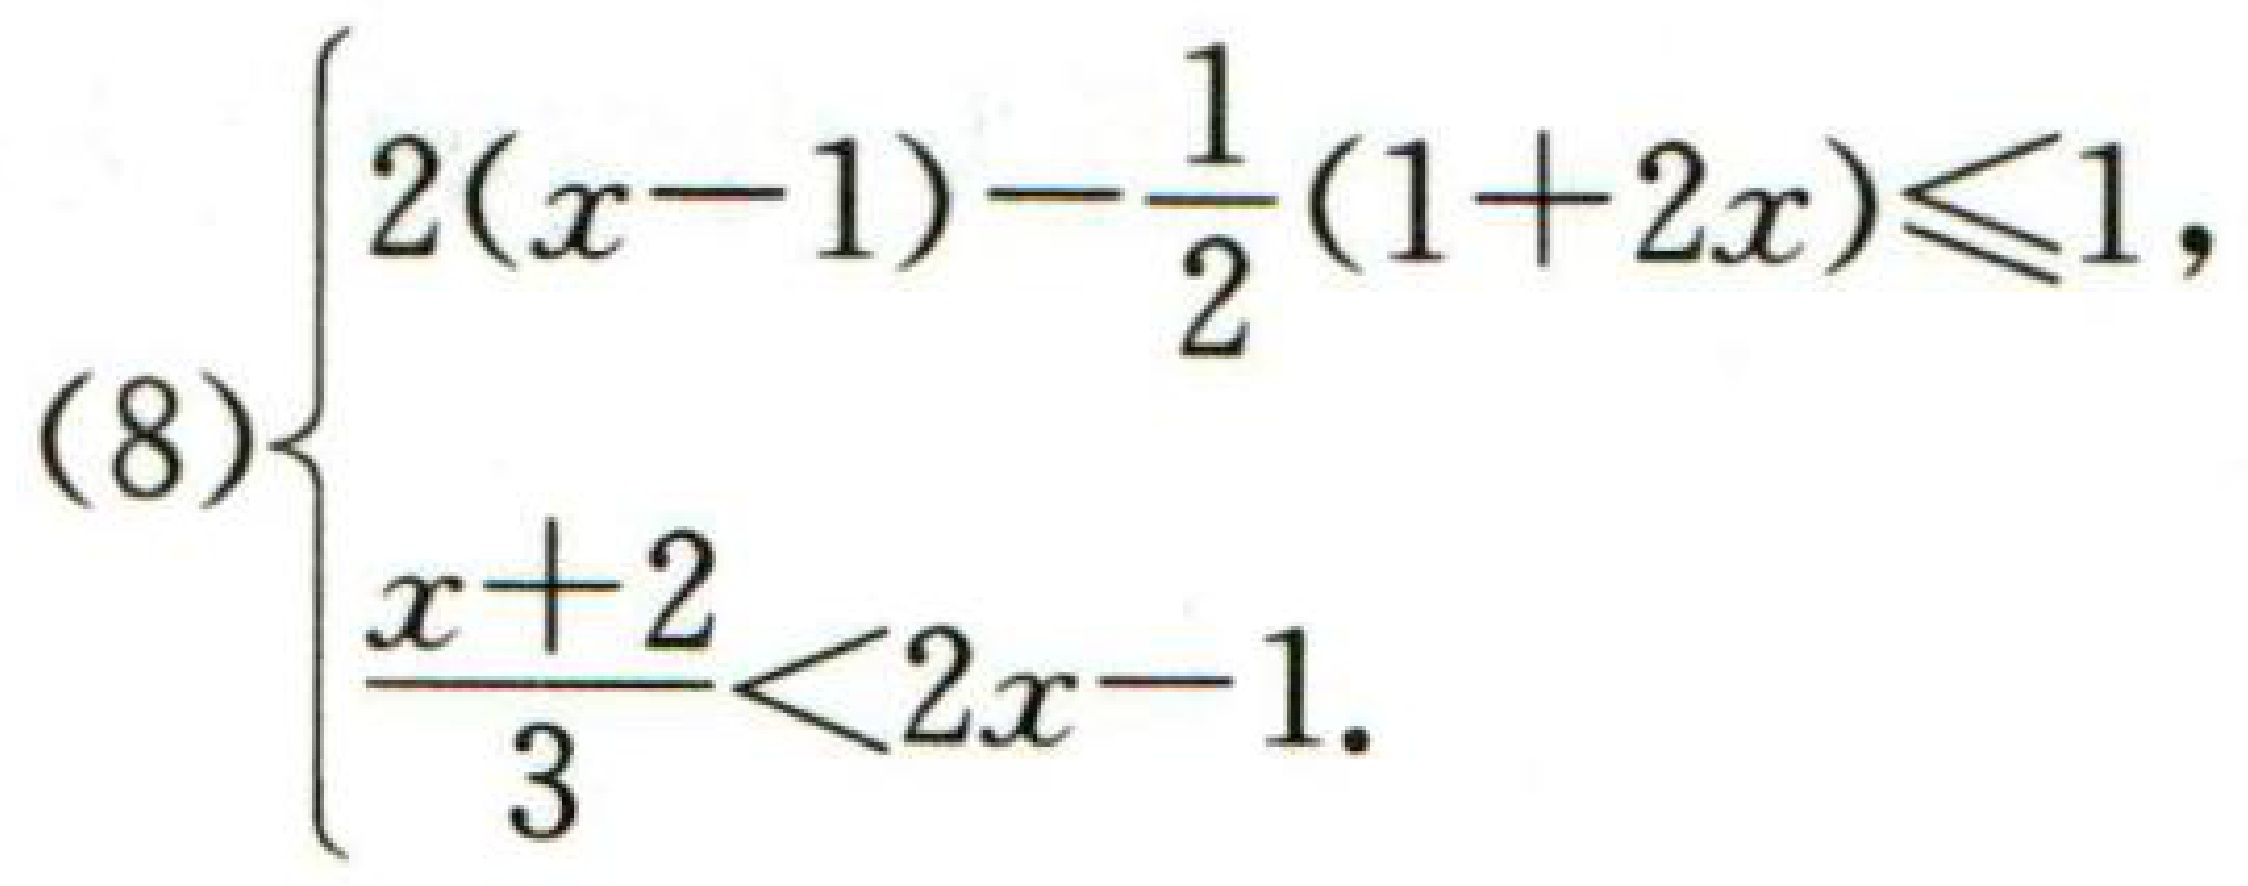
\[(8)\begin{cases}

2(x - 1)-\frac{1}{2}(1 + 2x)\leq1,\\

\frac{x + 2}{3}<2x - 1.

\end{cases}\]